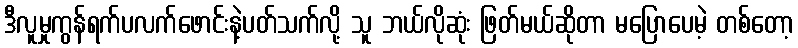
ဒီလူမှုကွန်ရက်ပလက်ဖောင်းနဲ့ပတ်သက်လို့ သူ ဘယ်လိုဆုံး ဖြတ်မယ်ဆိုတာ မပြောပေမဲ့ တစ်တော့